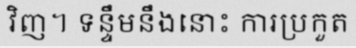
វិញ។ ទន្ទឹមនឹងនោះ ការប្រកួត